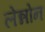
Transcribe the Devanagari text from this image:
लेन्नोन